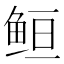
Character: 𱇥